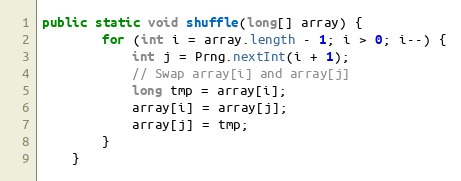
Language: Java
public static void shuffle(long[] array) {
        for (int i = array.length - 1; i > 0; i--) {
            int j = Prng.nextInt(i + 1);
            // Swap array[i] and array[j]
            long tmp = array[i];
            array[i] = array[j];
            array[j] = tmp;
        }
    }